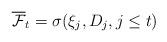
LaTeX: \begin{align*}{\overline{\mathcal{F}}}_t =\sigma(\xi_j,D_j,j\leq t)\end{align*}